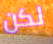
لكن